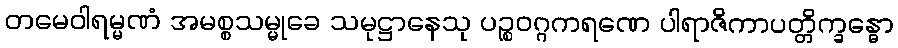
တမေဝါရမ္မဏံ အမစ္စသမ္မုခေ သမုဋ္ဌာနေသု ပဉ္စဝဂ္ဂကရဏေ ပါရာဇိကာပတ္တိက္ခန္ဓော